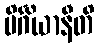
ပိင်္ဂိယာနီတိ